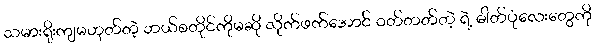
သမားရိုးကျမဟုတ်တဲ့ ဘယ်စတိုင်ကိုမဆို လိုက်ဖက်အောင် ဝတ်တတ်တဲ့ ရဲ့ ဓါတ်ပုံလေးတွေကို